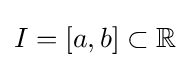
I=[a,b]\subset \mathbb {R}